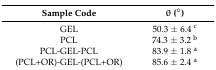
| Sample Code | θ (°) |
 | --- | --- |
 | GEL | 50.3 ± 6.4 c |
 | PCL | 74.3 ± 3.2 b |
 | PCL-GEL-PCL | 83.9 ± 1.8 a |
 | (PCL+OR)-GEL-(PCL+OR) | 85.6 ± 2.4 a |